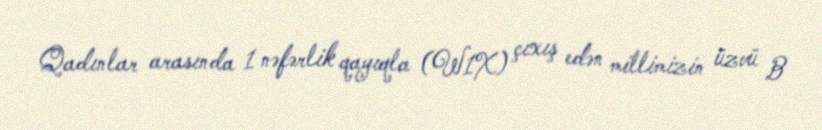
Qadınlar arasında 1 nəfərlik qayıqla (W1X) çıxış edən millimizin üzvü B